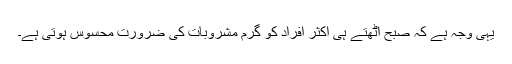
یہی وجہ ہے کہ صبح اٹھتے ہی اکثر افراد کو گرم مشروبات کی ضرورت محسوس ہوتی ہے۔